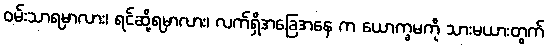
ဝမ်းသာရမှာလား၊ ရင်ဆို့ရမှာလား၊ လက်ရှိအခြေအနေ က ယောက္ခမကို သားမယားတွက်